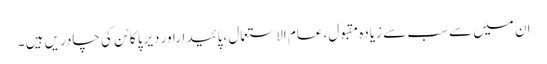
ان میں سے سب سے زیادہ مقبول، عام الاستعمال ،پائیداراور دیرپا کاٹن کی چادریں ہیں ۔